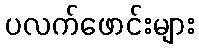
ပလက်ဖောင်းများ